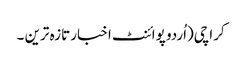
کراچی(اُردو پوائنٹ اخبار تازہ ترین ۔